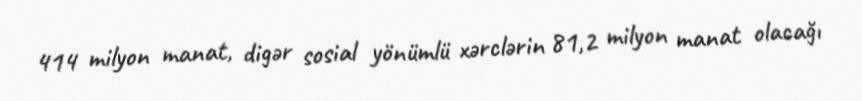
414 milyon manat, digər sosial yönümlü xərclərin 81,2 milyon manat olacağı